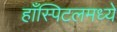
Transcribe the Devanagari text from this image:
हाँस्पिटलमध्ये